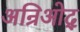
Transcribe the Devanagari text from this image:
अन्रिओद्